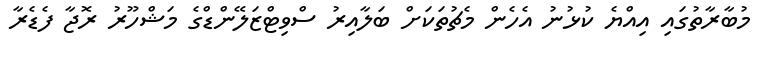
މުބާރާތުގައި އިއްޔެ ކުޅުނު އެހެން މެޗުތަކަށް ބަލާއިރު ސްވިޓްޒަލޭންޑްގެ މަޝްހޫރު ރޮޖާ ފެޑެރާ